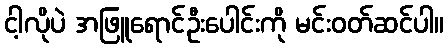
ငါ့လိုပဲ အဖြူရောင်ဦးပေါင်းကို မင်းဝတ်ဆင်ပါ။